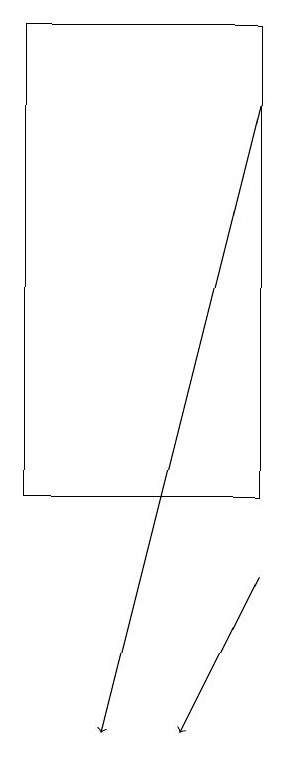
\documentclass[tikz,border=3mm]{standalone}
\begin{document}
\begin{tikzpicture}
\draw (6,13) rectangle (9,19);
\draw[->] (9,18) -- (7,10);
\draw[->] (9,12) -- (8,10);
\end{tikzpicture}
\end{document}